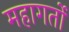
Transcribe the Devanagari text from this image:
महागर्तो